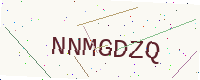
Text: NNMGDZQ